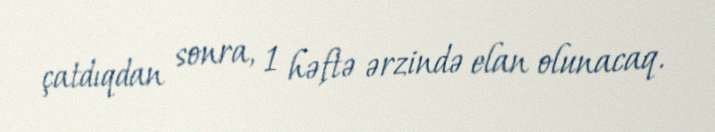
çatdıqdan sonra, 1 həftə ərzində elan olunacaq.